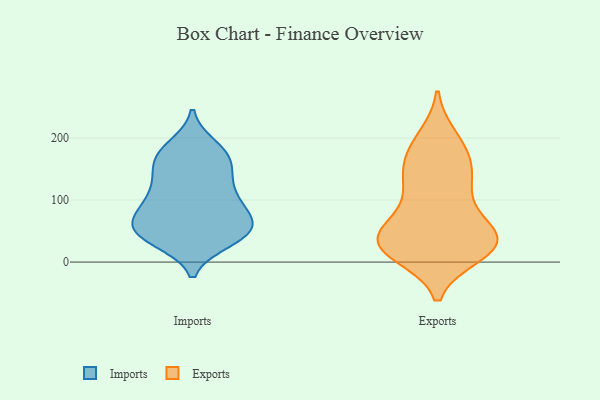
{"axis": {"x": "Waste Production (Tons)", "y": "Value"}, "legend": ["Exports", "Imports"], "data": [{"x": "", "y": 93, "type": "Imports"}, {"x": "", "y": 89, "type": "Imports"}, {"x": "", "y": 176, "type": "Imports"}, {"x": "", "y": 82, "type": "Imports"}, {"x": "", "y": 45, "type": "Imports"}, {"x": "", "y": 48, "type": "Imports"}, {"x": "", "y": 62, "type": "Imports"}, {"x": "", "y": 168, "type": "Imports"}, {"x": "", "y": 167, "type": "Imports"}, {"x": "", "y": 45, "type": "Imports"}, {"x": "", "y": 163, "type": "Imports"}, {"x": "", "y": 36, "type": "Imports"}, {"x": "", "y": 50, "type": "Imports"}, {"x": "", "y": 130, "type": "Imports"}, {"x": "", "y": 130, "type": "Imports"}, {"x": "", "y": 58, "type": "Imports"}, {"x": "", "y": 45, "type": "Imports"}, {"x": "", "y": 185, "type": "Imports"}, {"x": "", "y": 121, "type": "Imports"}, {"x": "", "y": 93, "type": "Imports"}, {"x": "", "y": 14, "type": "Exports"}, {"x": "", "y": 35, "type": "Exports"}, {"x": "", "y": 49, "type": "Exports"}, {"x": "", "y": 32, "type": "Exports"}, {"x": "", "y": 41, "type": "Exports"}, {"x": "", "y": 20, "type": "Exports"}, {"x": "", "y": 131, "type": "Exports"}, {"x": "", "y": 30, "type": "Exports"}, {"x": "", "y": 33, "type": "Exports"}, {"x": "", "y": 26, "type": "Exports"}, {"x": "", "y": 185, "type": "Exports"}, {"x": "", "y": 73, "type": "Exports"}, {"x": "", "y": 127, "type": "Exports"}, {"x": "", "y": 98, "type": "Exports"}, {"x": "", "y": 30, "type": "Exports"}, {"x": "", "y": 152, "type": "Exports"}, {"x": "", "y": 183, "type": "Exports"}, {"x": "", "y": 144, "type": "Exports"}, {"x": "", "y": 199, "type": "Exports"}]}